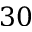
3 0